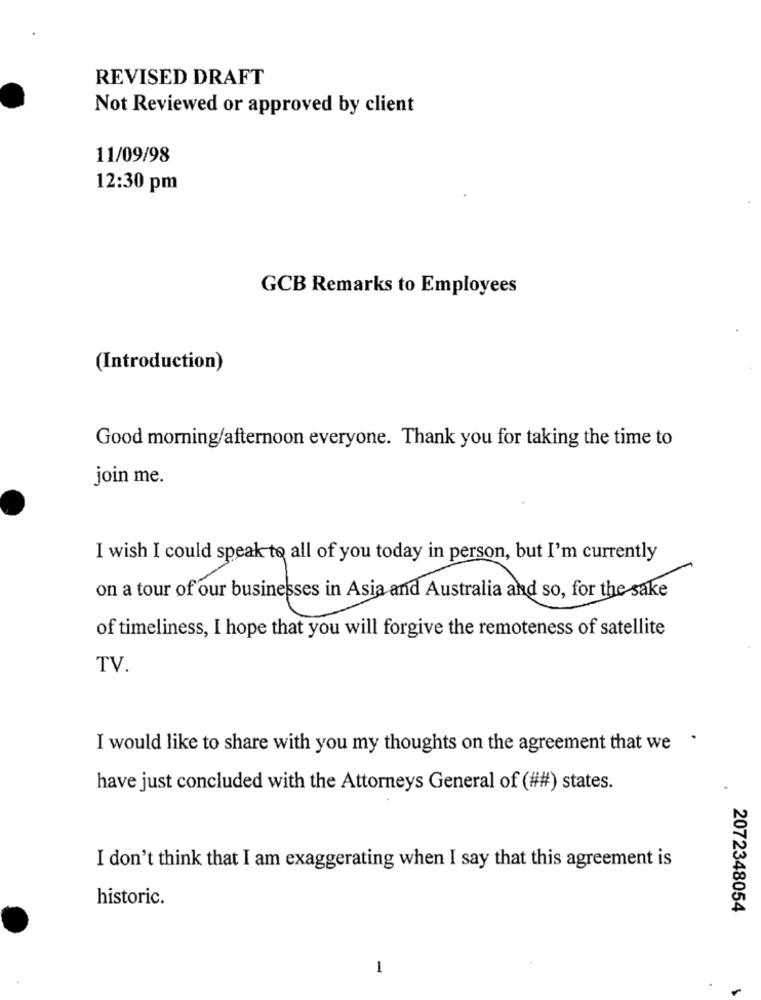
REVISED DRAFT
Not Reviewed or approved by client
11/09/98
12:30 pm
GCB Remarks to Employees
(Introduction)
Good morning/afternoon everyone. Thank you for taking the time to
join me.
I wish I could speak to all of you today in person, but I'm currently
on a tour of our businesses in Asia and Australia and so, for the sake
of timeliness, I hope that you will forgive the remoteness of satellite
TV.
.
I would like to share with you my thoughts on the agreement that we
have just concluded with the Attorneys General of (##) states.
I don't think that I am exaggerating when I say that this agreement is
historic.
2072348054
1